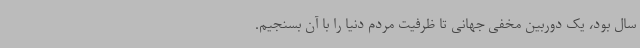
سال بود، یک دوربین مخفی جهانی تا ظرفیت مردم دنیا را با آن بسنجیم.